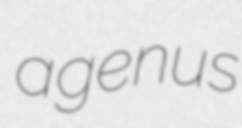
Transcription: a genus